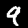
Label: 9